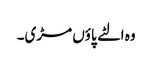
وہ الٹے پاؤں مڑی۔